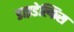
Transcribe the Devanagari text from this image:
डाइडेल्फिस